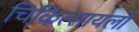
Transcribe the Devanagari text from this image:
चिकित्सायलों